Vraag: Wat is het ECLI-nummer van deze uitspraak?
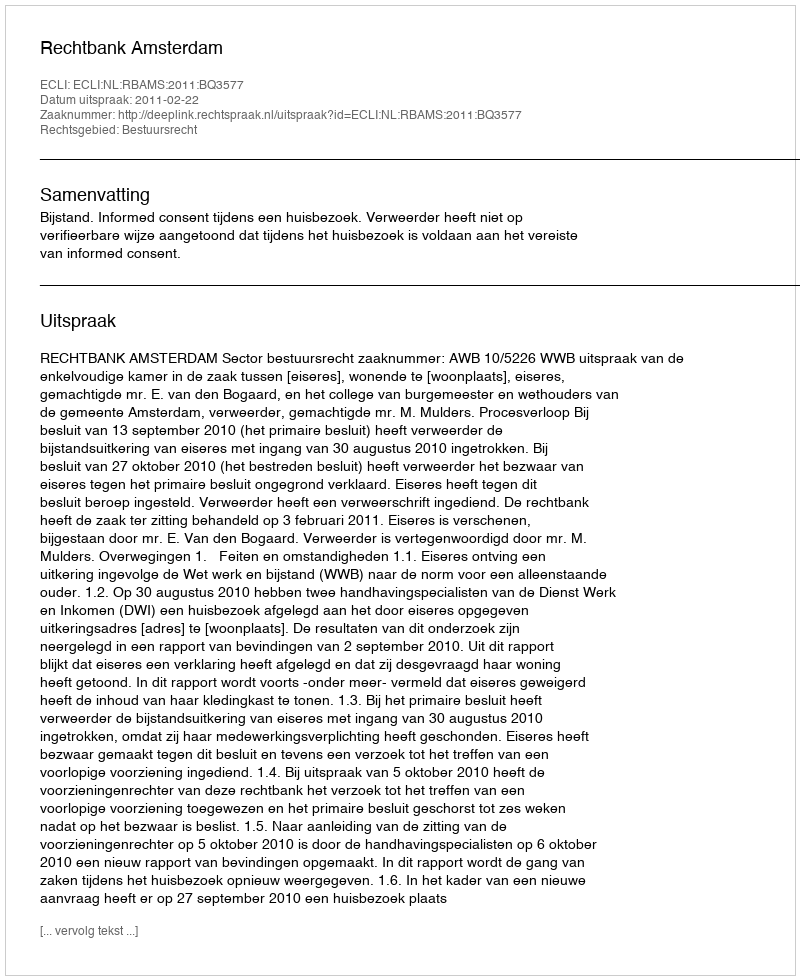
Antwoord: ECLI:NL:RBAMS:2011:BQ3577